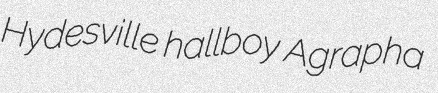
Hydesville hallboy Agrapha